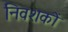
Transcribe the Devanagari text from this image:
निवशकों